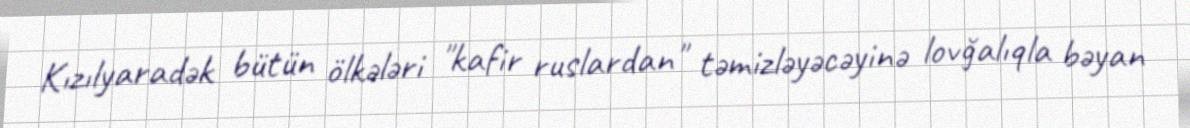
Kızılyaradək bütün ölkələri "kafir ruslardan" təmizləyəcəyinə lovğalıqla bəyan